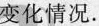
变化情况.